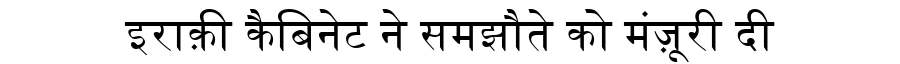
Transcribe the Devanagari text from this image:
इराक़ी कैबिनेट ने समझौते को मंज़ूरी दी